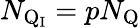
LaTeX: N_{\mathrm{Q_{I}}}=pN_{\mathrm{Q}}